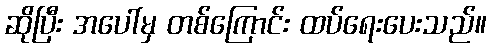
ဆိုပြီး အပေါ်မှ တစ်ကြောင်း ထပ်ရေးပေးသည်။